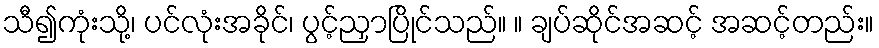
သီ၍ကုံးသို့၊ ပင်လုံးအခိုင်၊ ပွင့်ညှာပြိုင်သည်။ ။ ချပ်ဆိုင်အဆင့် အဆင့်တည်း။